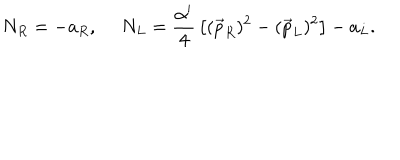
N _ { R } = - a _ { R } , \ N _ { L } = { \frac { \alpha ^ { \prime } } { 4 } } \left[ ( \vec { p } _ { R } ) ^ { 2 } - ( \vec { p } _ { L } ) ^ { 2 } \right] - a _ { L } .